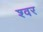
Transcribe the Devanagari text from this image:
श्वर